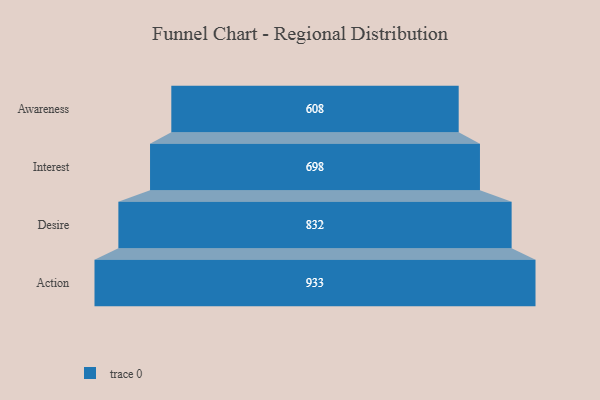
{"axis": {"x": "Stage", "y": "Value"}, "legend": [""], "data": [{"x": "Awareness", "y": 608.0, "type": ""}, {"x": "Interest", "y": 698.0, "type": ""}, {"x": "Desire", "y": 832.0, "type": ""}, {"x": "Action", "y": 933.0, "type": ""}]}